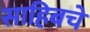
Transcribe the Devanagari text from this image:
साहिबचे